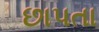
છાપતા